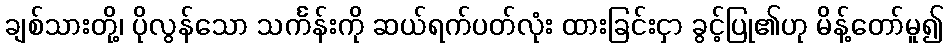
ချစ်သားတို့၊ ပိုလွန်သော သင်္ကန်းကို ဆယ်ရက်ပတ်လုံး ထားခြင်းငှာ ခွင့်ပြု၏ဟု မိန့်တော်မူ၍